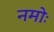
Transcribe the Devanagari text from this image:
नमोः